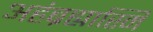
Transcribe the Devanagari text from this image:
अहंब्रह्यास्मि